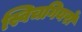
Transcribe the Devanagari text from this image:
स्विचगियरों